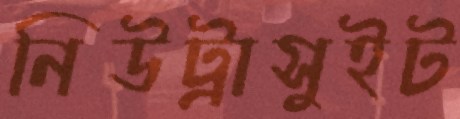
নিউট্রাসুইট